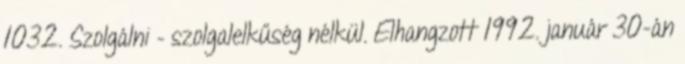
1032. Szolgálni – szolgalelkűség nélkül. Elhangzott 1992. január 30-án